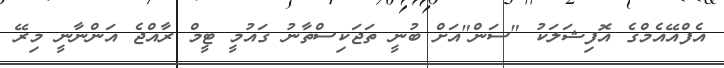
އެފްއޭއެމްގެ އޮފިޝަލަކު "ސަން"އަށް ބުނީ ތަޖަކިސްތާނު ގައުމީ ޓީމް ރާއްޖެ އަންނާނީ މިރޭ